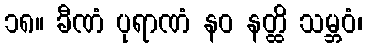
၁၈။ ခီဏံ ပုရာဏံ နဝ နတ္ထိ သမ္ဘဝံ၊